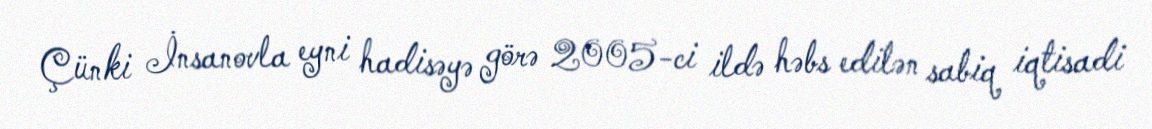
Çünki İnsanovla eyni hadisəyə görə 2005-ci ildə həbs edilən sabiq iqtisadi